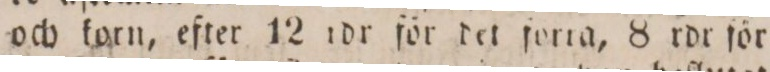
och korn, efter 12 rdr för det forta, 8 rdr för